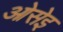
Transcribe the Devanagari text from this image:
ओसेइ